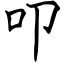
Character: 叩